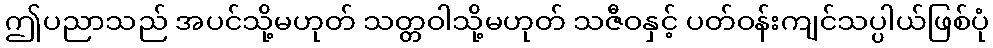
ဤပညာသည် အပင်သို့မဟုတ် သတ္တဝါသို့မဟုတ် သဇီဝနှင့် ပတ်ဝန်းကျင်သပ္ပါယ်ဖြစ်ပုံ